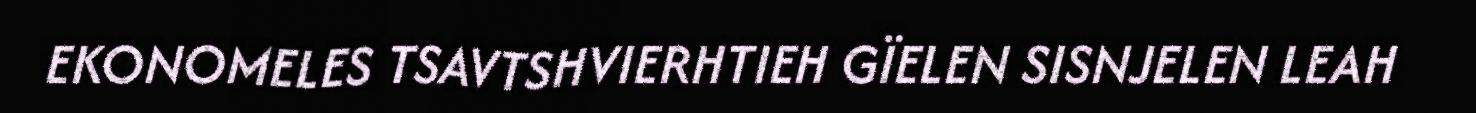
EKONOMELES TSAVTSHVIERHTIEH GÏELEN SISNJELEN LEAH